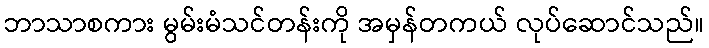
ဘာသာစကား မွမ်းမံသင်တန်းကို အမှန်တကယ် လုပ်ဆောင်သည်။